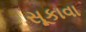
સૂકાવા